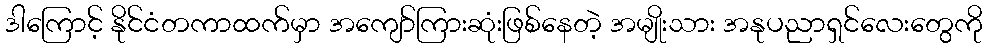
ဒါကြောင့် နိုင်ငံတကာထက်မှာ အကျော်ကြားဆုံးဖြစ်နေတဲ့ အမျိုးသား အနုပညာရှင်လေးတွေကို